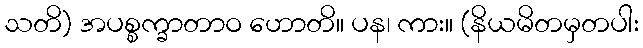
သတိ) အပစ္စက္ခာတာဝ ဟောတိ။ ပန၊ ကား။ (နိယမိတမှတပါး